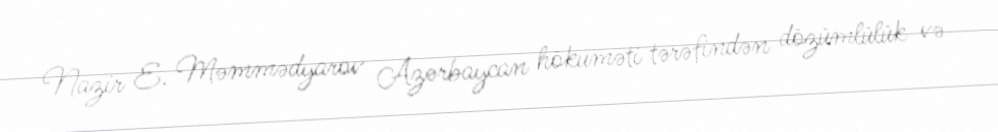
Nazir E. Məmmədyarov Azərbaycan hökuməti tərəfindən dözümlülük və